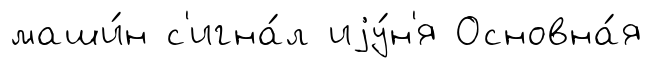
маши́н с'игна́л иjу́н'я Основна́я